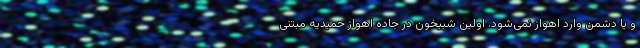
و یا دشمن وارد اهواز نمی‌شود. اولین شبیخون در جاده اهواز حمیدیه مبتنی